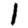
Digit: 1